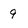
Character: 9